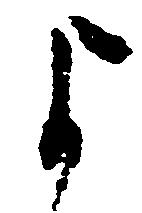
よ